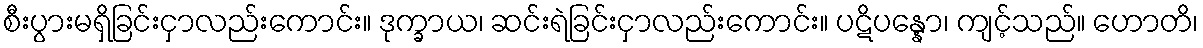
စီးပွားမရှိခြင်းငှာလည်းကောင်း။ ဒုက္ခာယ၊ ဆင်းရဲခြင်းငှာလည်းကောင်း။ ပဋိပန္နော၊ ကျင့်သည်။ ဟောတိ၊